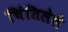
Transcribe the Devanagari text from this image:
चिंतिलेले